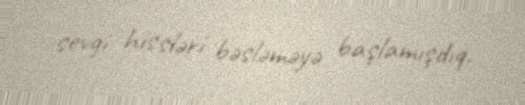
sevgi hissləri bəsləməyə başlamışdıq.